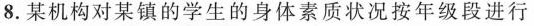
8.某机构对某镇的学生的身体素质状况按年级段进行